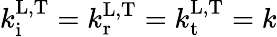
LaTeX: k_{\mathrm{i}}^{\mathrm{L,T}}=k_{\mathrm{r}}^{\mathrm{L,T}}=k_{\mathrm{t}}^{\mathrm{L,T}}=k